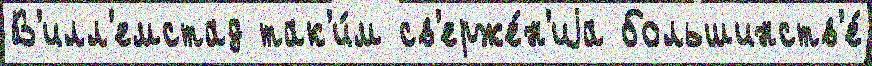
В'илл'емстад так'и́м св'ерже́н'иjа большинств'е́